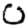
Digit: 0